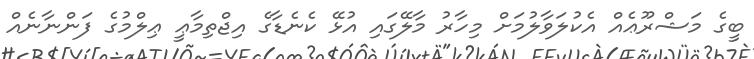
ބީގެ މަޝްރޫޢެއް އެކުލަވާލުމަށް މިހާރު މާލޭގައި އުޅޭ ކެނެޑާގެ އިޖްތިމާޢީ ޢިލްމުގެ ފަންނާނެއް